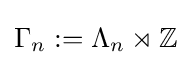
\Gamma _{n}:=\Lambda _{n}\rtimes \mathbb {Z}